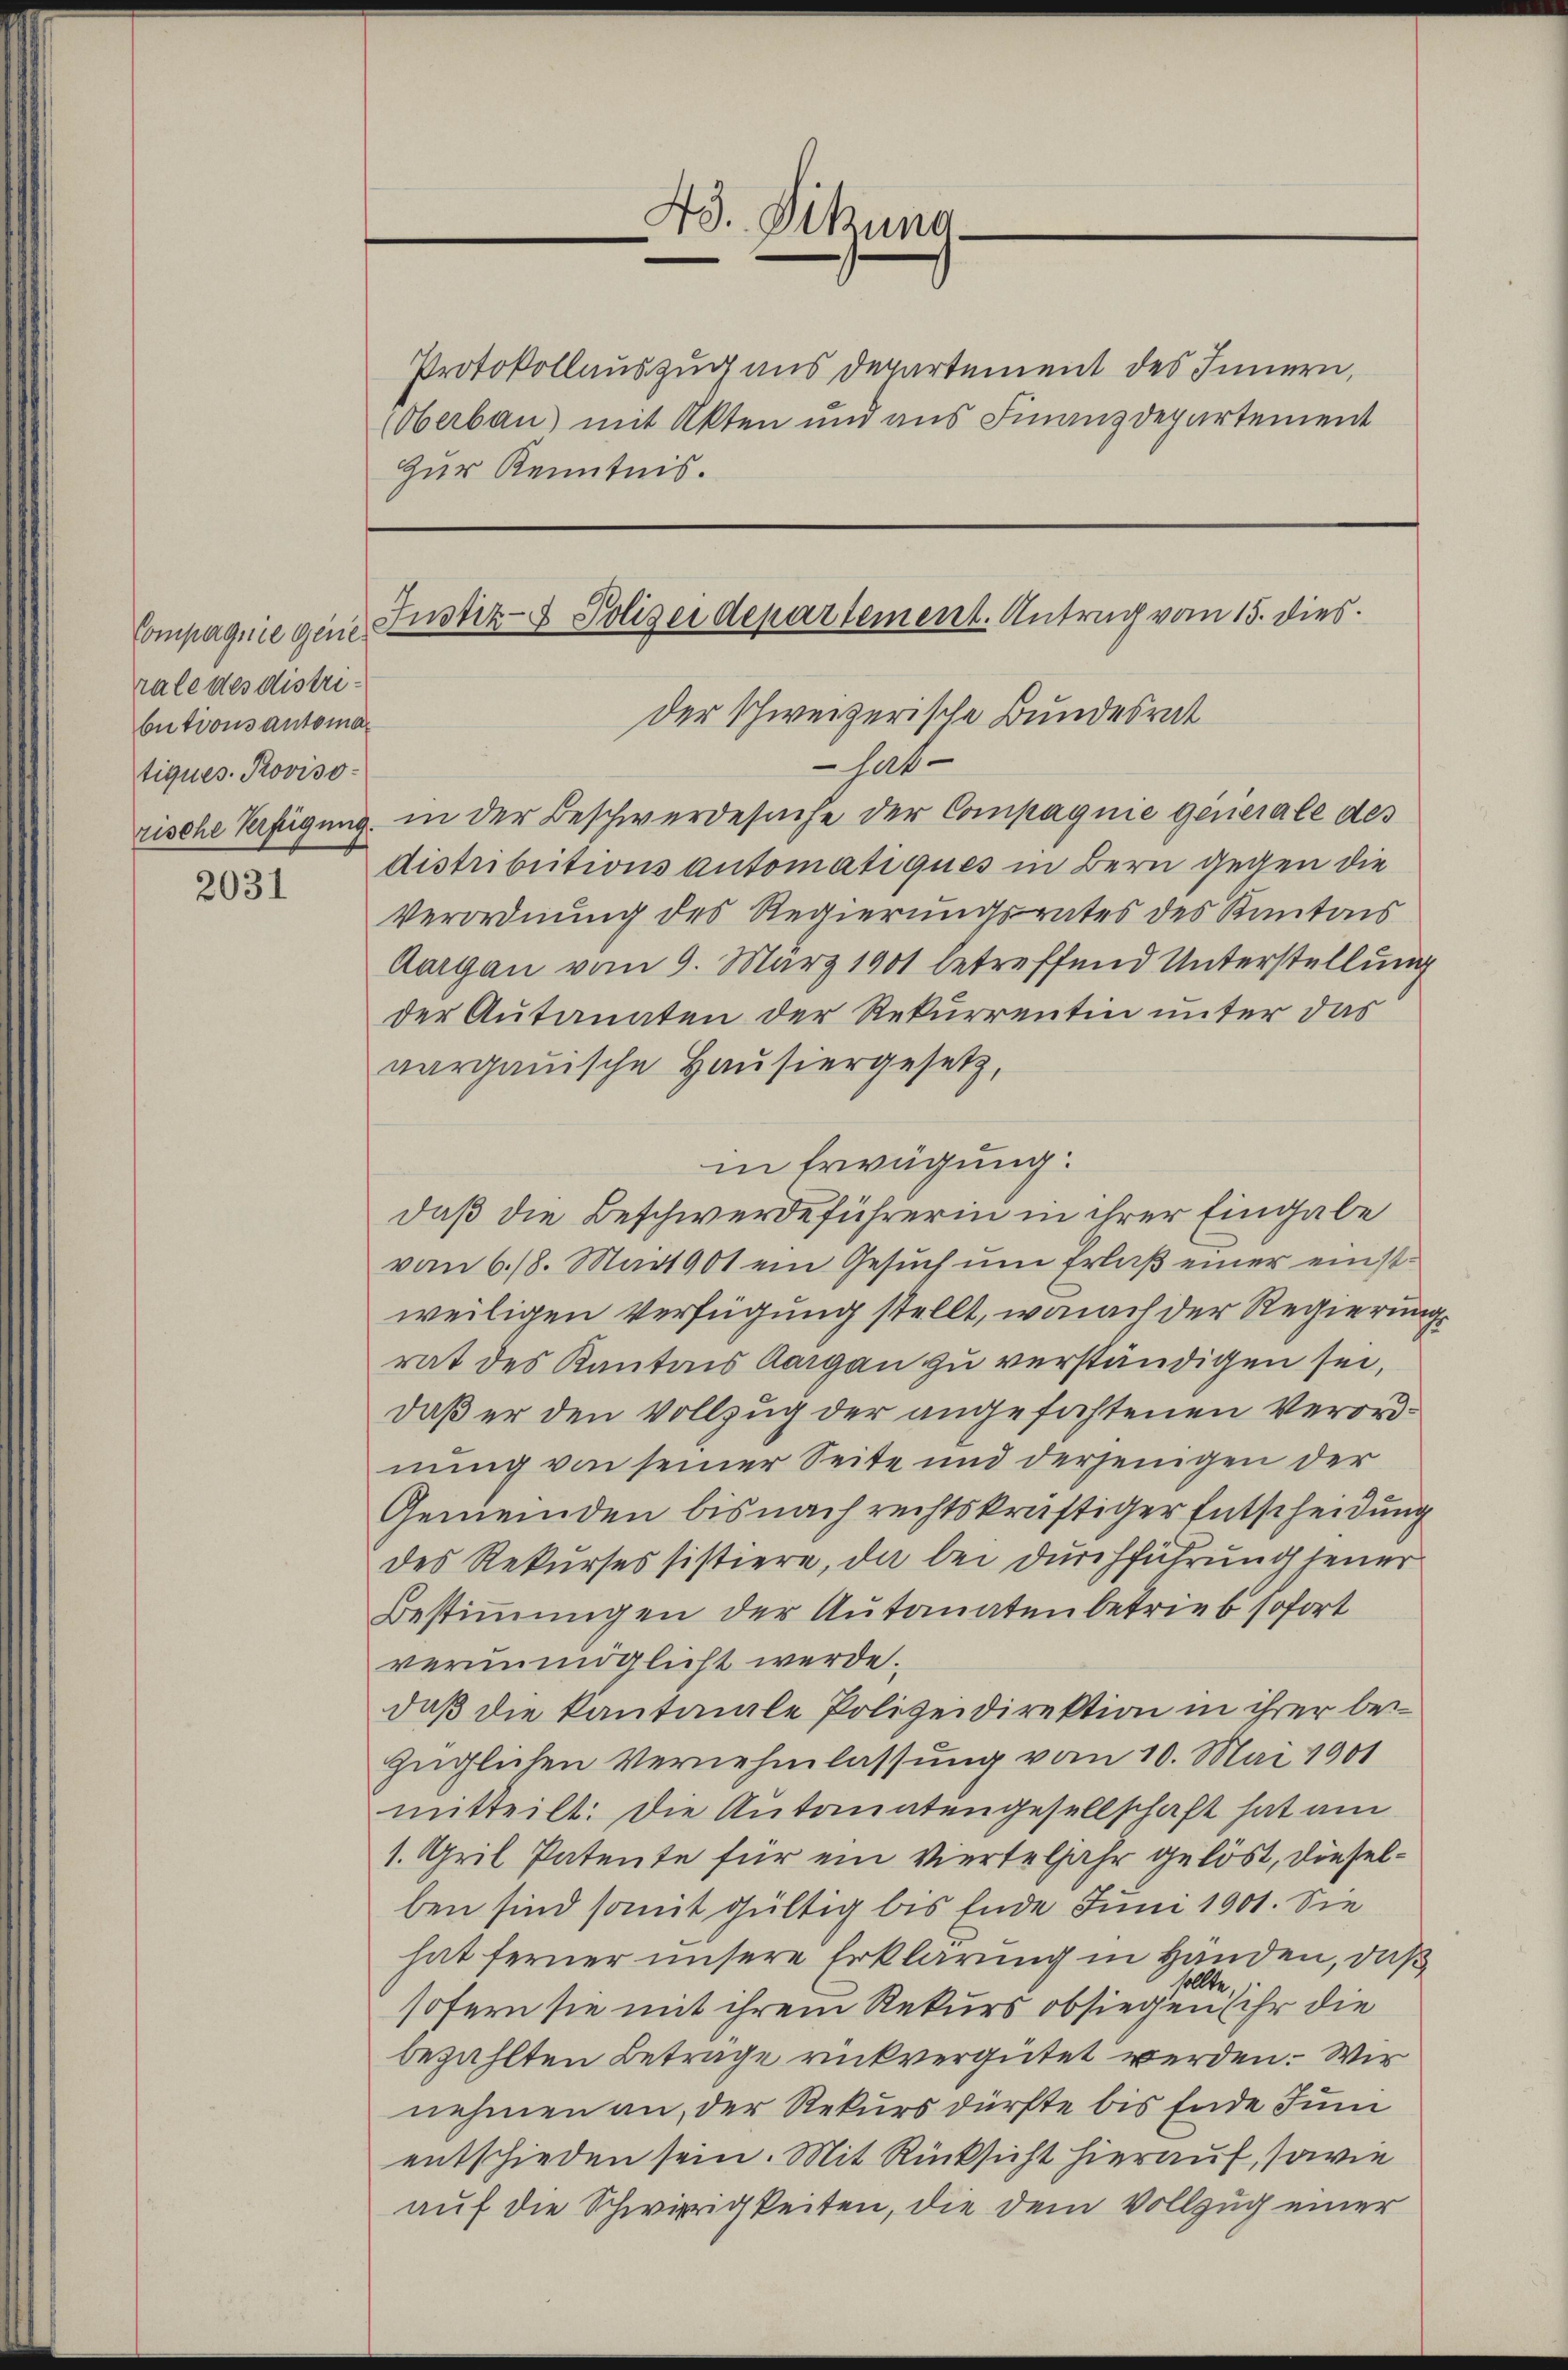
Compagnie Generale des distributions automatiques Proviso¬

2031

Zur Kenntnis.

Ad. Sitzung.

Protokollauszug aus Departement des Innern,
(Oberbau mit Akten und aus Finanzdepartement

Justiz- & Polizeidepartement. Antrag vom 15. dies
der Schweizerische Bundesrat
 hatt

rische Verfügung in der Beschwerdesuche der Compagnie gericiale des
distributions automatiques in Bern gegen die
Verordnung des Regierungsrates des Kantons
Aargau vom 9. März 1901 betreffend Unterstellung
der Autanaten der Rekurrentin unter das
vargauische Hausiergesetz,
in Erwägung:
daß die Beschwerdeführerin in ihrer Eingabe
vom 6./8. Mart 901 ein Gesuch um Erlaß einer einstweiligen Verfügung stellt, womit der Regierungs
rat des Kantons Aargau zu verständigen sei,
daß er den Vollzug der angefochtenen Verordnung von seiner Seite und derjenigen der
Gemeinden bis nach rechtskräftiger Entscheidung
des Rekurses sistiere, da bei durchführung jener
Bestimmungen der Autonatenbetrieb sofort
verunmöglicht werde.
daß die kantonale Polizeidirektion in ihrer bei
züglichen Vernehmlassung vom 10. Mai 1901
mitteilt. Die Autonatengesellschaft hat am
1. Gril Patente für ein Vierteljahr gelöst, dieselben sind somit gültig bis Ende Juni 1901. Sie
hat ferner unsere Erklärung in Handen, daß
.
sollte.
sofern sie mit ihrem Rekurs obsiegen ihr die
bezahlten Beträge rückvergütet werden. Wir
nehmen an, der Rekurs dürfte bis Ende Jun
entschieden sein. Mit Rücksicht hierauf, sowie
auf die Schwierigkeiten, die dem Vollzug einer